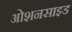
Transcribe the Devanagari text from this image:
ओशनसाइड